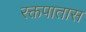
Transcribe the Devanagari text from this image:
रक्तपातास